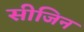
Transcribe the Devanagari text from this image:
सीजिन